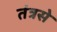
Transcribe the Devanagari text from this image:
तंत्रसे